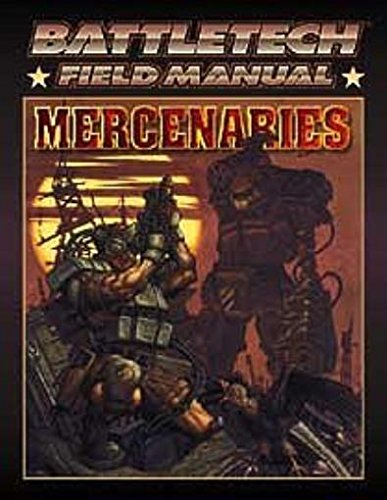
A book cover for Battletech Field Manual: Mercenaries; FASA Corporation; Science Fiction & Fantasy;